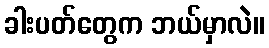
ခါးပတ်တွေက ဘယ်မှာလဲ။